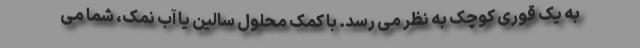
به یک قوری کوچک به نظر می رسد. با کمک محلول سالین یا آب نمک، شما می